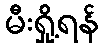
မီးရှို့ရန်